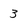
Character: 3